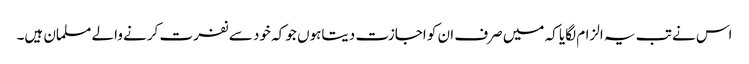
اس نے تب یہ الزام لگایا کہ میں صرف ان کو اجازت دیتاہوں جو کہ خود سے نفرت کرنے والے مسلمان ہیں۔